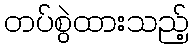
တပ်စွဲထားသည့်